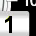
Digit: 1